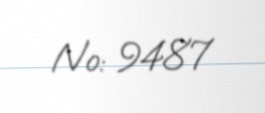
№: 9487